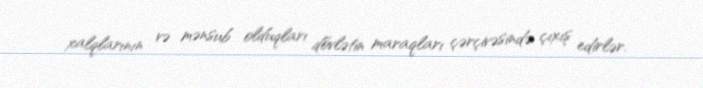
xalqlarının və mənsub olduqları dövlətin maraqları çərçivəsində çıxış edirlər.